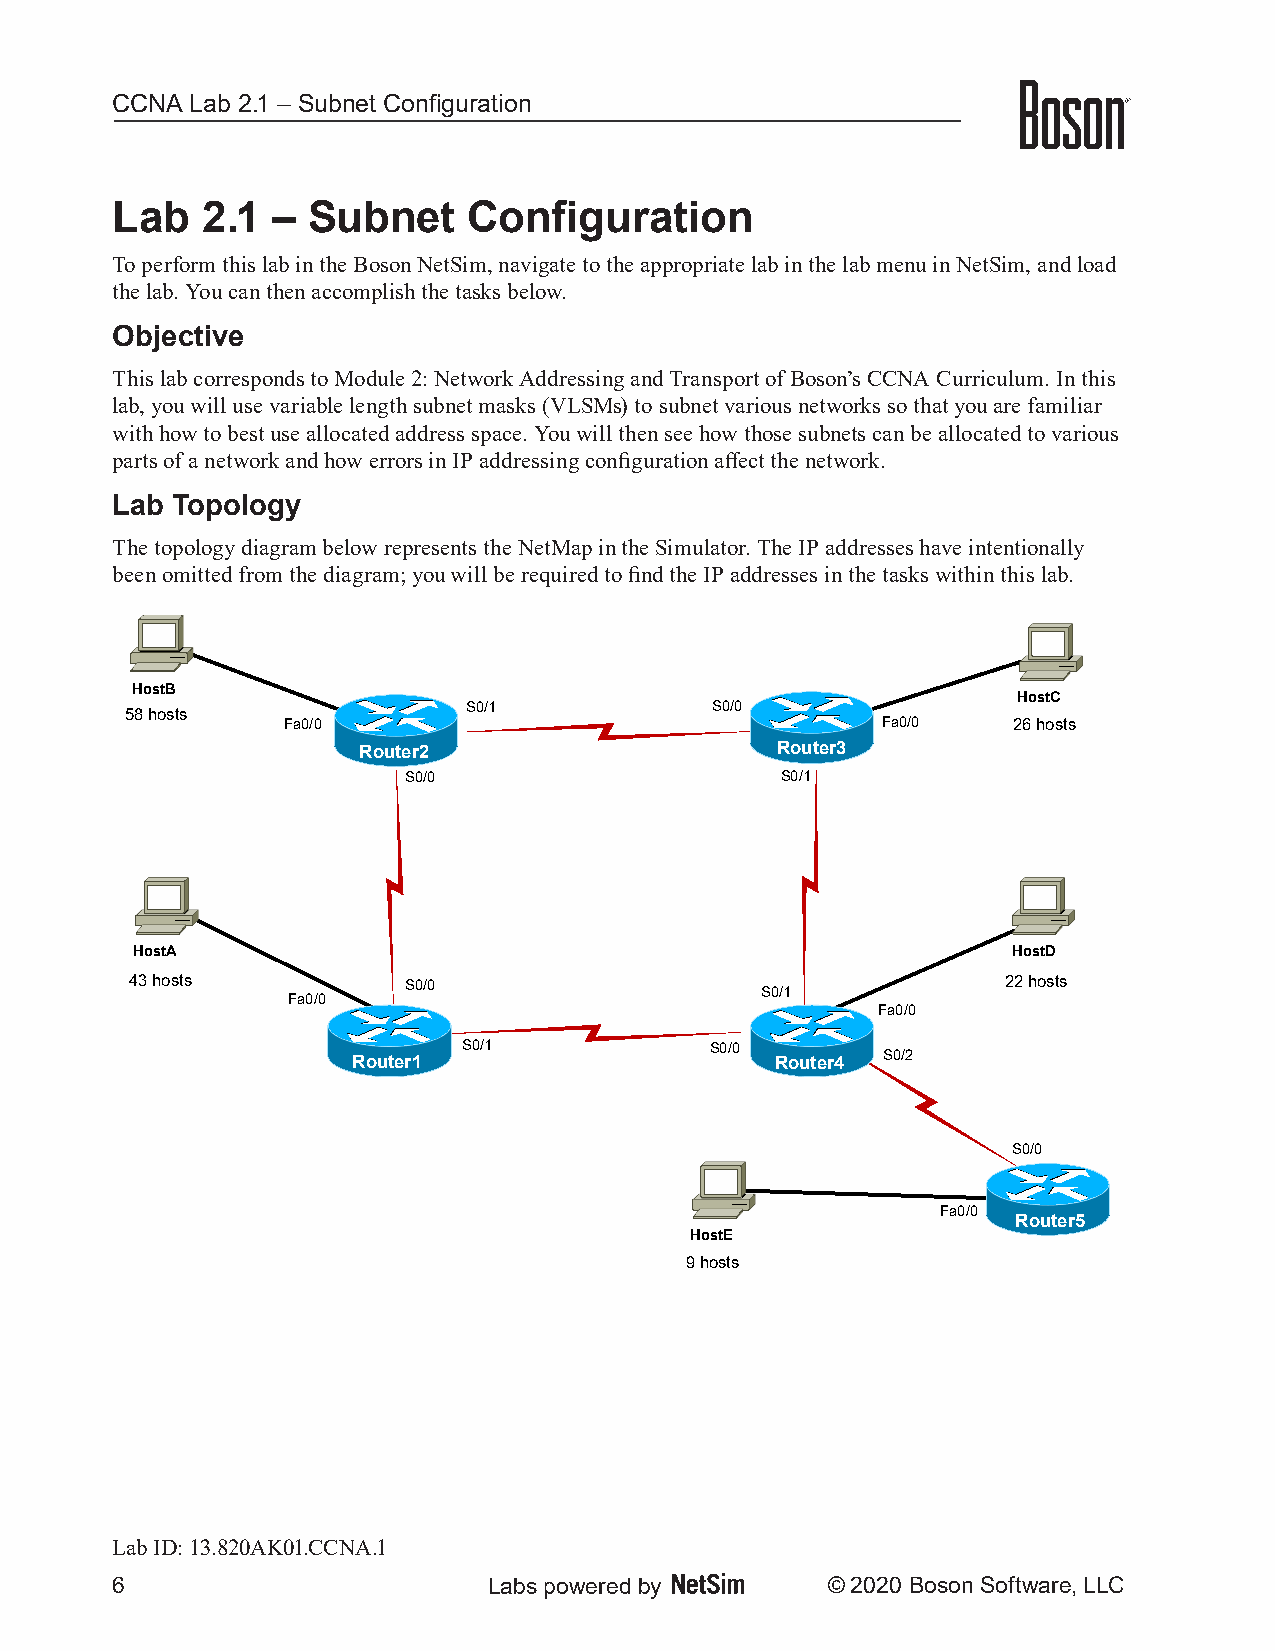
CCNA  Lab 2.1 – Subnet Configuration
 Lab   2.1  – Subnet     Configuration
 To perform this lab in the Boson NetSim, navigate to the appropriate lab in the lab menu in NetSim, and load
 the lab. You can then accomplish the tasks below.
 Objective
 This lab corresponds to Module 2: Network Addressing and Transport of Boson’s CCNA Curriculum. In this
 lab, you will use variable length subnet masks (VLSMs) to subnet various networks so that you are familiar
 with how to best use allocated address space. You will then see how those subnets can be allocated to various
 parts of a network and how errors in IP addressing configuration affect the network.
 Lab Topology
 The topology diagram below represents the NetMap in the Simulator. The IP addresses have intentionally
 been omitted from the diagram; you will be required to find the IP addresses in the tasks within this lab.
 HostB
 HostC
 S0/1            S0/0
 58hosts
 Fa0/0                                  Fa0/0    26hosts
 Router2                    Router3
 S0/0                     S0/1
 HostA                                                     HostD
 43hosts           S0/0                                    22hosts
 S0/1
 Fa0/0
 Fa0/0
 S0/1            S0/0
 Router1                     Router4 S0/2
 S0/0
 Fa0/0
 Router5
 HostE
 9hosts
 Lab ID: 13.820AK01.CCNA.1
 6                        Labs powered by        © 2020 Boson Software, LLC